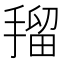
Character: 𭡼